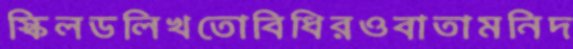
স্কিলডলিখতোবিধিরওবাতামনিদ